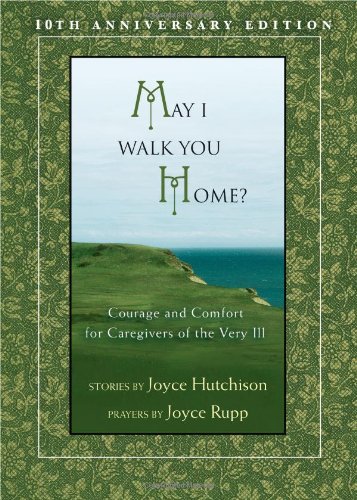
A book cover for May I Walk You Home?: Courage and Comfort for Caregivers of the Very Ill (10th Anniversary Edition); Joyce Hutchison; Christian Books & Bibles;